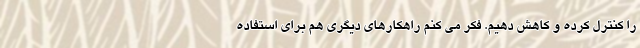
را کنترل کرده و کاهش دهیم. فکر می کنم راهکارهای دیگری هم برای استفاده